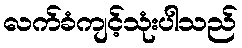
လက်ခံကျင့်သုံးပါသည်